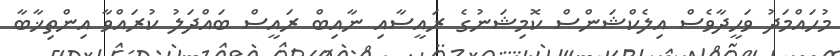
މުހައްމަދު ވަހީދާވެސް އިލެކްޝަންސް ކޮމިޝަނުގެ ރައީސާއި ނާއިބް ރައީސް ބައްދަލު ކުރައްވާ އިންތިޚާބާ